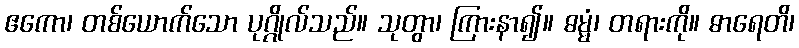
ဧကော၊ တစ်ယောက်သော ပုဂ္ဂိုလ်သည်။ သုတွာ၊ ကြားနာ၍။ ဓမ္မံ၊ တရားကို။ ဓာရေတိ၊